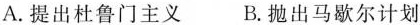
A. 提出杜鲁门主义 B. 抛出马歇尔计划